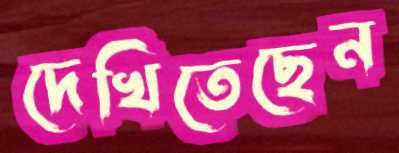
দেখিতেছেন